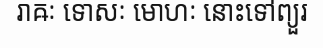
រាឝៈ ទោសៈ មោហៈ នោះទៅព្យួរ